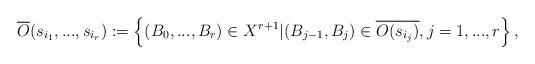
LaTeX: \begin{align*}\overline{O}(s_{i_1},...,s_{i_r}):=\left\{(B_0,...,B_r)\in X^{r+1}|(B_{j-1},B_j)\in \overline{O(s_{i_j})}, j=1,...,r \right\},\end{align*}